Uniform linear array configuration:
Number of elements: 16
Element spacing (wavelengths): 0.75
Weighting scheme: exponential
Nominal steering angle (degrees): -45
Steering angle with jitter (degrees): -45.591
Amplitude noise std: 0.05
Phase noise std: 0.05

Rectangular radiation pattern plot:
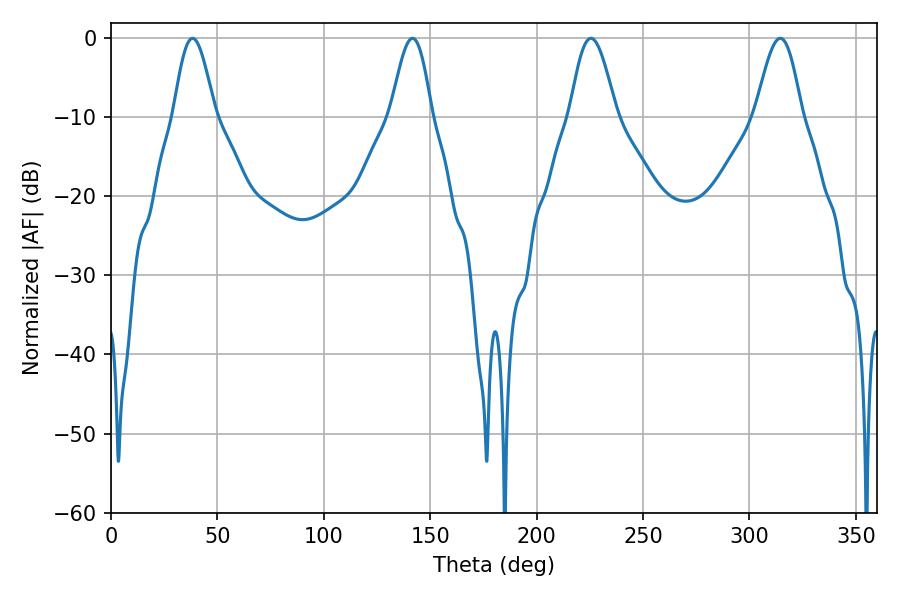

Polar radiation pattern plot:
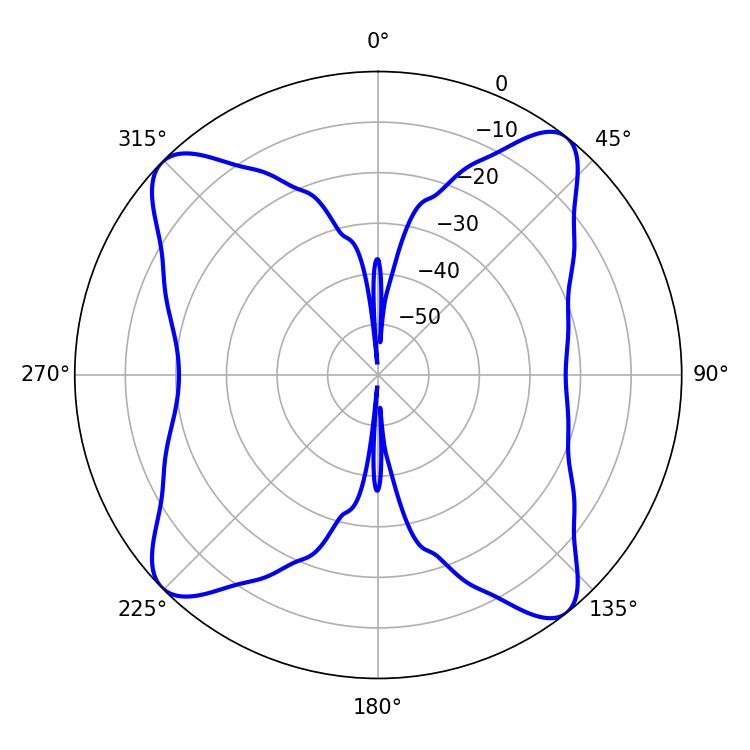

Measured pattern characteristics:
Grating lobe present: TRUE
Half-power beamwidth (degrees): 10.44
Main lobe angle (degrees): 38.34